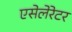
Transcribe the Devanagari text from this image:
एसेलेरेटर